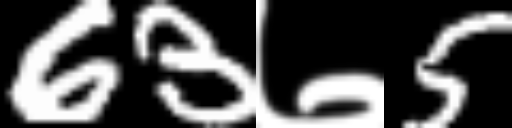
Text: 63७5